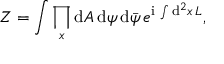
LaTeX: Z = \int \prod _ { x } \mathrm { d } A \, \mathrm { d } \psi \, \mathrm { d } { \bar { \psi } } \, e ^ { \mathrm { i } \, \int \mathrm { d } ^ { 2 } x \, { \cal L } } ,